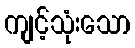
ကျင့်သုံးသော